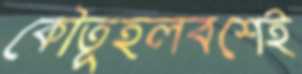
কৌতূহলবশেই